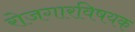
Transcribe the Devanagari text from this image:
रोजगारविषयक